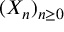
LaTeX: ( X _ { n } ) _ { n \geq 0 }